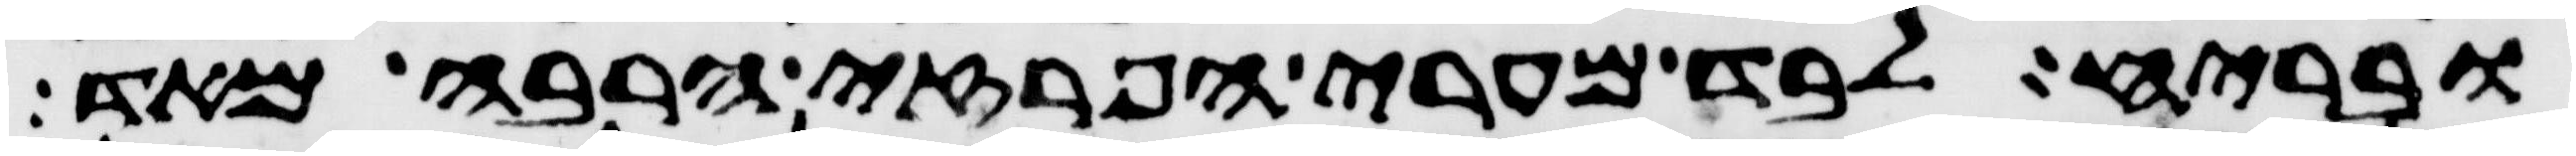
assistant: ובריח לבד מערי הפרזי הרבה מאד